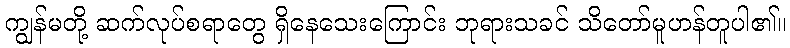
ကျွန်မတို့ ဆက်လုပ်စရာတွေ ရှိနေသေးကြောင်း ဘုရားသခင် သိတော်မူဟန်တူပါ၏။